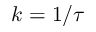
k = 1 / \tau